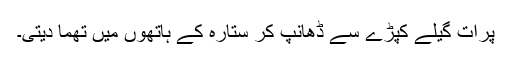
پرات گیلے کپڑے سے ڈھانپ کر ستارہ کے ہاتھوں میں تھما دیتی۔